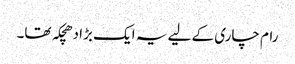
رام چاری کے لیے یہ ایک بڑا دھچکہ تھا۔